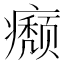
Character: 𤻊